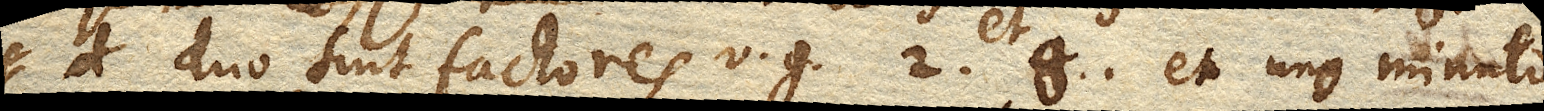
duo sunt factores v. g. 2. et 8. et uno minuto